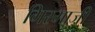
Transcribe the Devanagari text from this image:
गिरमाजी